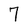
Character: 7